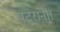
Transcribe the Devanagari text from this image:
पटरानी।